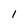
Character: I